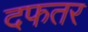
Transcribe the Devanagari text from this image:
दफतर